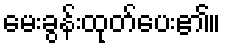
မေးခွန်းထုတ်ပေး၏။